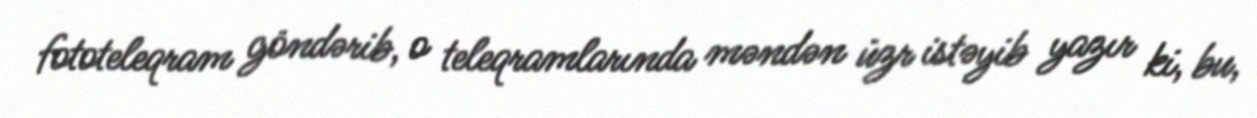
fototeleqram göndərib, o teleqramlarında məndən üzr istəyib yazır ki, bu,